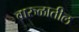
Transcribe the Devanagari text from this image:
वारुळातील